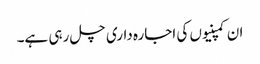
ان کمپنیوں کی اجارہ داری چل رہی ہے۔